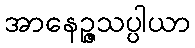
အာနေဉ္ဇသပ္ပါယာ